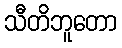
သီတိဘူတော